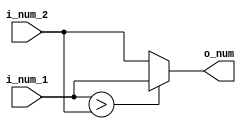
module mst_2_1(
    input  [7 : 0] i_num_1,
    input  [7 : 0] i_num_2,
    output [7 : 0] o_num
);

    assign o_num = (i_num_1 > i_num_2) ? i_num_1 : i_num_2;

endmodule